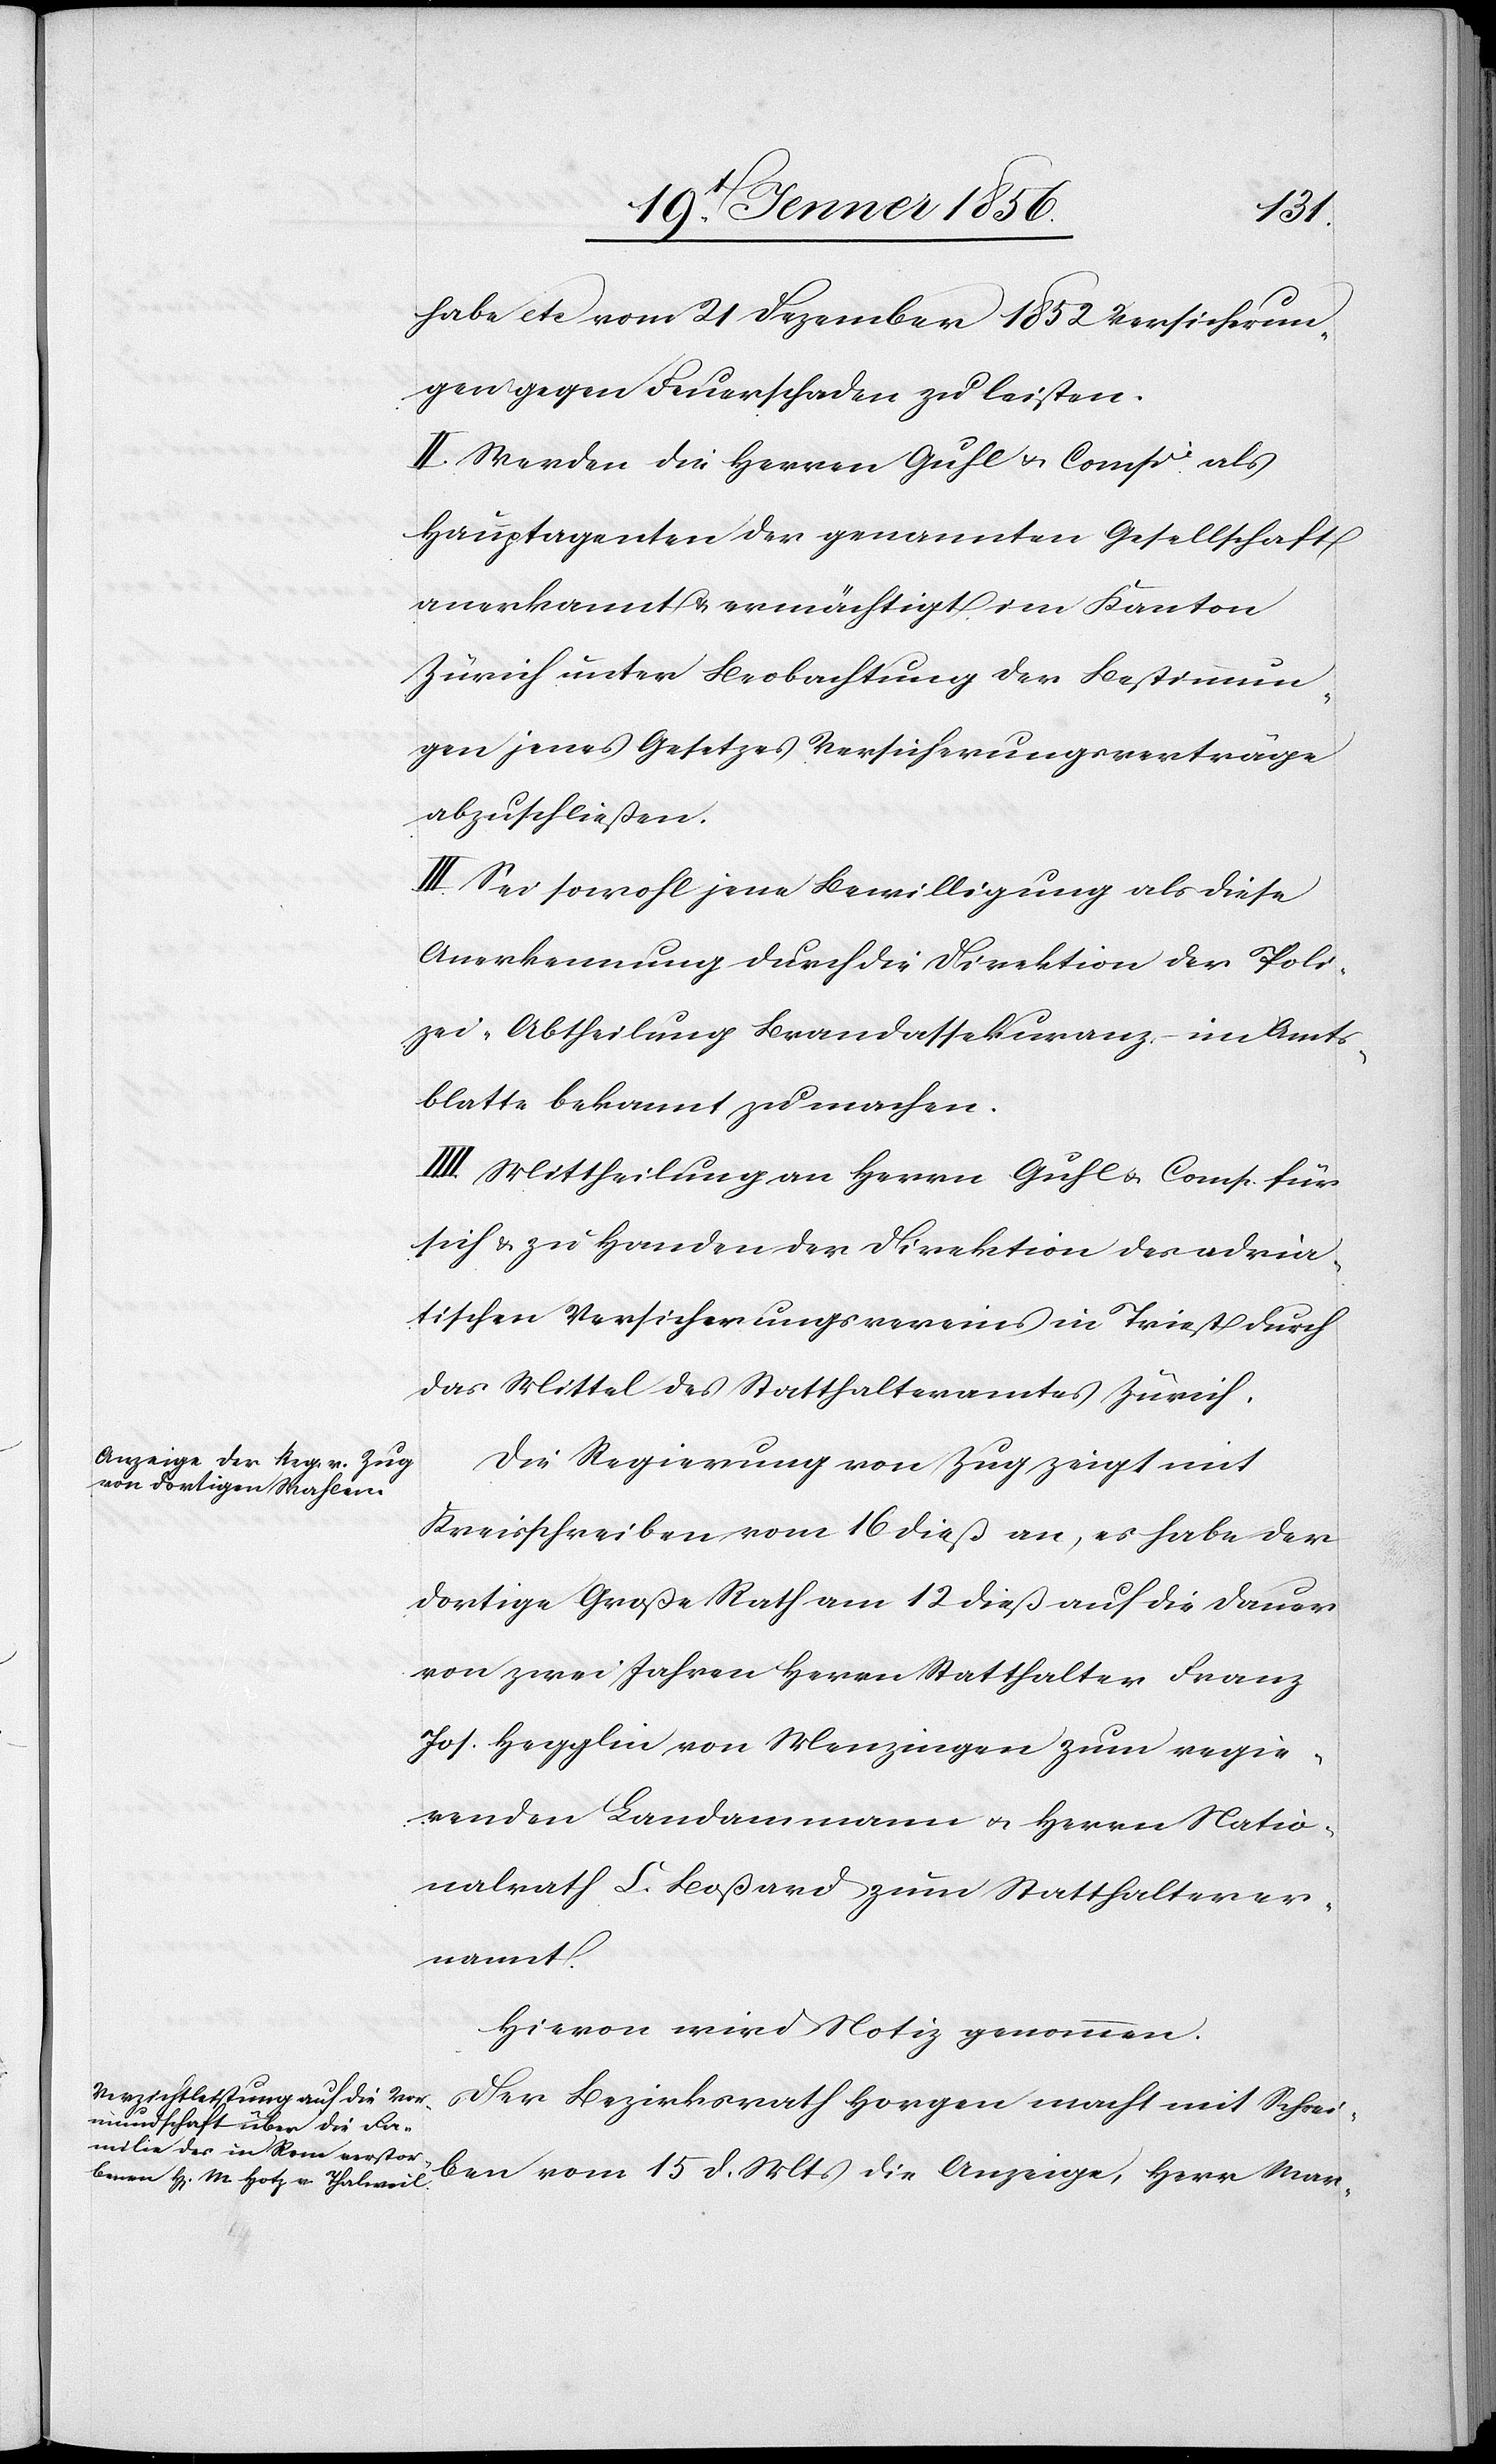
habe etc vom 21 Dezember 1852 Versicherun¬
gen gegen Feuerschaden zu leisten.
II. Werden die Herren Guhl u. Compie als
Hauptagenten der genannten Gesellschaft
anerkannt & ermächtigt im Kanton
Zürich unter Beobachtung der Bestimmun¬
gen jenes Gesetzes Versicherungsverträge
abzuschließen.
III. Sei sowohl jene Bewilligung als diese
Anerkennung durch die Direktion der Poli¬
zei-Abtheilung Brandassekuranz – im Amts¬
blatte bekannt zu machen.
IIII. Mittheilung an Herrn Guhl u. Comp. für
sich u. zu Handen der Direktion des adria¬
tischen Versicherungsvereins in Triest durch
das Mittel des Statthalteramtes Zürich.
Die Regierung von Zug zeigt mit
Kreisschreiben vom 16 dieß an, es habe der
dortige Große Rath am 12 dieß auf die Dauer
von zwei Jahren Herrn Statthalter Franz
Joh. Hegglin von Menzingen zum regie¬
renden Landammann u. Herrn Natio¬
nalrath C. Boßhard zum Statthalter er¬
nannt.
Hievon wird Notiz genommen.
Der Bezirksrath Horgen macht mit Schrei¬
ben vom 15 d. Mts die Anzeige, Herr Mar-